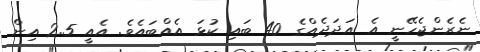
ނެރެންޖެހޭނީ އެ ޢަދަދެއްގެ 40 ބައި ކުޅަ އެއްބައެވެ. އެއީ 2.5 އިން